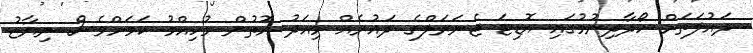
ދައުލަތަށް ހޯދާދިނުމުގައި އޮޑިޓަ ޖެނަރަލްގެ ދައުރެއް މިއަދު އޮތުން މުހިއްމު ކަމަށްވެސް ނިޔާޒު